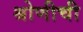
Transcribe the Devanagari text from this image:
श्रोणीची